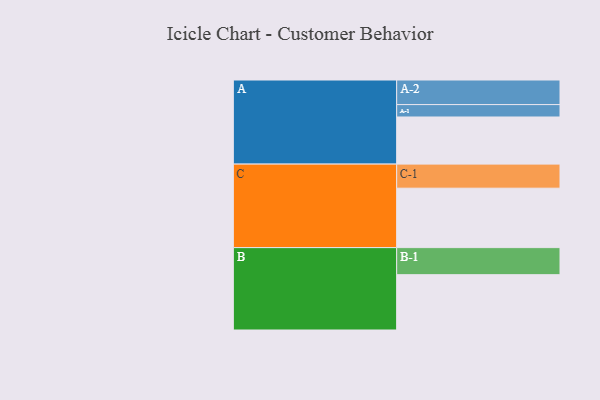
{"axis": {"x": "Segment", "y": "Value"}, "legend": ["", "A", "B", "C"], "data": [{"x": "A", "y": 460, "type": ""}, {"x": "B", "y": 540, "type": ""}, {"x": "C", "y": 580, "type": ""}, {"x": "A-1", "y": 121, "type": "A"}, {"x": "A-2", "y": 240, "type": "A"}, {"x": "B-1", "y": 264, "type": "B"}, {"x": "C-1", "y": 235, "type": "C"}]}